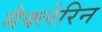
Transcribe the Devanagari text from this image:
मैक्लेरिन